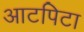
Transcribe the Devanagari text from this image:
आटपिटा